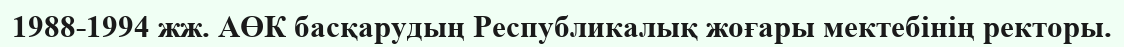
1988-1994 жж. АӨК басқарудың Республикалық жоғары мектебінің ректоры.